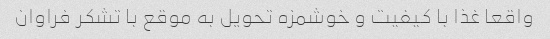
واقعا غذا با کیفیت و خوشمزه تحویل به موقع با تشکر فراوان